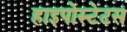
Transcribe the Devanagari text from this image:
हाइपोस्टेटस